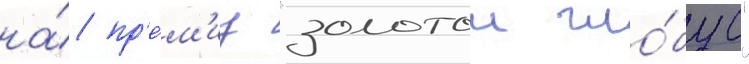
на́ пр'е́м'иу "золотои гло́бус"